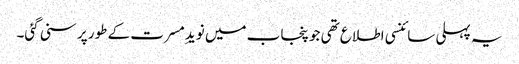
یہ پہلی سائنسی اطلاع تھی جو پنجاب میں نویدِ مسرت کے طور پر سنی گئی۔